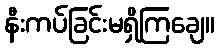
နီးကပ်ခြင်းမရှိကြချေ။